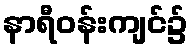
နာရီဝန်းကျင်၌